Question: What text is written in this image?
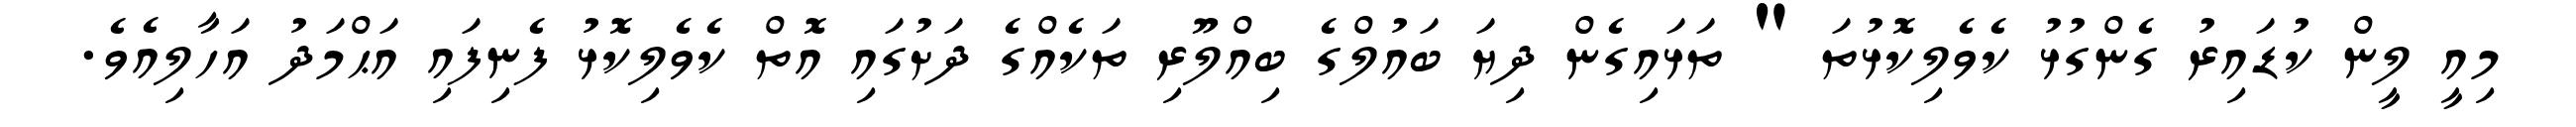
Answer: މިއީ ލީން ކުޑައިރު ގެންގުޅު ކެވެލިކޮޅުތަ " ތަޅައިގެން ދިޔަ ބައުލްގެ ބިއްލޫރި ތަކެއްގެ ދަށުގައި އޮތް ކެވެލިކޮޅު ފެނިފައި އަޙްމަދު އަހާލިއެވެ.